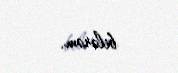
bilərəm.